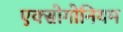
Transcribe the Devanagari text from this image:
एक्सोगोनियम